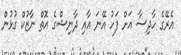
އެރޭގެ ހާދިސާ އަށް ފަހު އޭނަ އާއި ދާނިޝްގެ އޮތް ނާޒުކް ގުޅުން